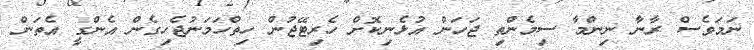
ނަމަވެސް ރާނާ ނިންމާ ސިމެންތި ޖަހަން އުޅެނިކޮށް ހެރިޓޭޖުން ހިތްހަމަނުޖެހިގެން އެންގީ އެތަން